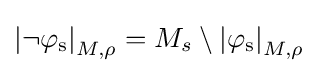
\mathrm {\left\vert \neg \varphi _{s}\right\vert } _{M,\rho }=M_{s}\setminus \mathrm {\left\vert \varphi _{s}\right\vert } _{M,\rho }